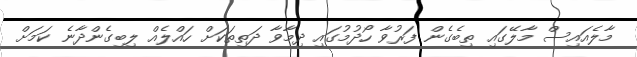
މާލެއައިސް މާލޭގައި ތިބެގެން ފަރުވާ ހޯދުމުގައި ދިމާވާ ދަތިތަކަށް ހައްލެއް ލިބިގެންދާނެ ކަމަށް